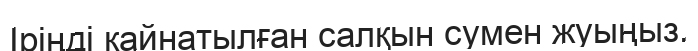
Іріңді қайнатылған салқын сумен жуыңыз.